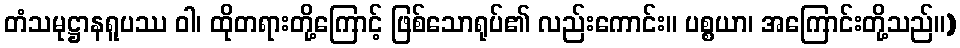
တံသမုဋ္ဌာနရူပဿ ဝါ၊ ထိုတရားတို့ကြောင့် ဖြစ်သောရုပ်၏ လည်းကောင်း။ ပစ္စယာ၊ အကြောင်းတို့သည်။)